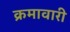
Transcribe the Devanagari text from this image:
क्रमावारी